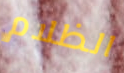
الظلام